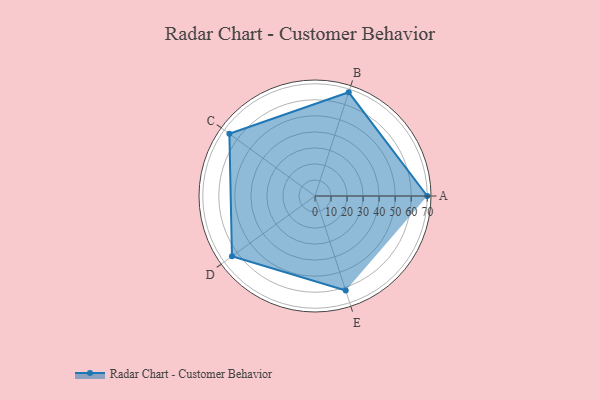
{"axis": {"x": "Skill", "y": "Score"}, "legend": ["Profile"], "data": [{"x": "A", "y": 70.0, "type": "Profile"}, {"x": "B", "y": 68.0, "type": "Profile"}, {"x": "C", "y": 66.0, "type": "Profile"}, {"x": "D", "y": 64.0, "type": "Profile"}, {"x": "E", "y": 62.0, "type": "Profile"}]}